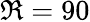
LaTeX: \Re=90